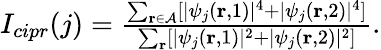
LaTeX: \begin{array}{r}{I_{cipr}(j)=\frac{\sum_{{\mathbf r\in\mathcal{A}}}[|\psi_{j}({\mathbf r},1)|^{4}+|\psi_{j}({\mathbf r},2)|^{4}]}{\sum_{{\mathbf r}}[|\psi_{j}({\mathbf r},1)|^{2}+|\psi_{j}({\mathbf r},2)|^{2}]}.}\end{array}